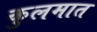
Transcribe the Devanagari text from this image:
कुलमात